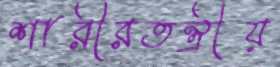
শারীরতন্ত্রীয়